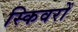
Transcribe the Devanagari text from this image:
स्किवरों